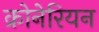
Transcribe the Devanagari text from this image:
क्रोनेरियन